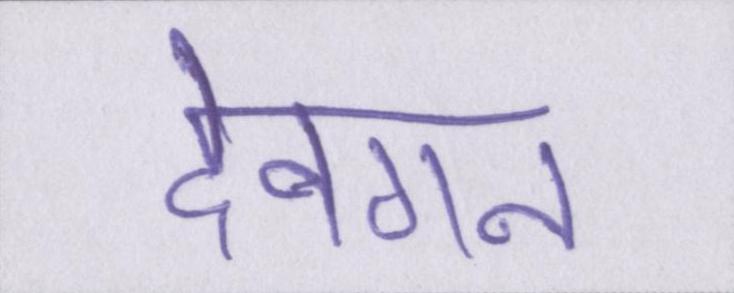
देवगन